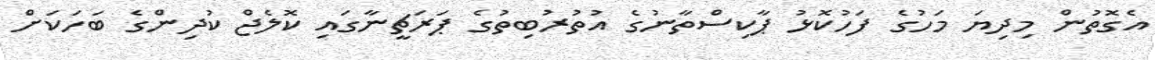
އެގޮތުން މިދިޔަ މަހުގެ ފަހުކޮޅު ޕާކިސްތާނުގެ އުތުރުބިތުގެ ޕަރަޗީނާގައި ކޮލެޖް ކުދިންގެ ބަހަކަށް